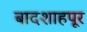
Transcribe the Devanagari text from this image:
बादशाहपूर